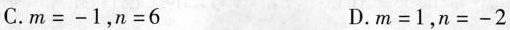
C. m = - 1，n = 6 D. m = 1，n = - 2